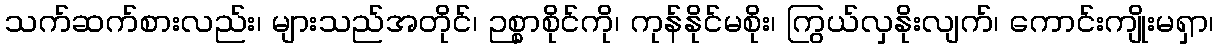
သက်ဆက်စားလည်း၊ များသည်အတိုင်၊ ဉစ္စာစိုင်ကို၊ ကုန်နိုင်မစိုး၊ ကြွယ်လှနိုးလျက်၊ ကောင်းကျိုးမရှာ၊